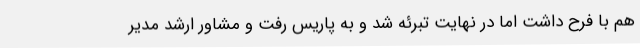
هم با فرح داشت اما در نهایت تبرئه شد و به پاریس رفت و مشاور ارشد مدیر